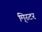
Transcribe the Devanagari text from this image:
मि्स्टर